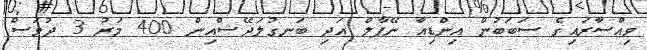
ވިއްސާރައިގެ ސަބަބުން އިންޑިއާ ނޭޕާލް އަދި ބަނގުލަދޭޝްއިން 400 މަރު 3 ދުވަސް